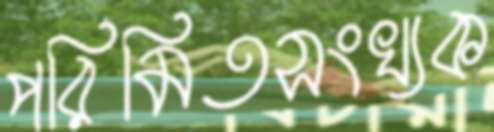
পরিমিতসংখ্যক